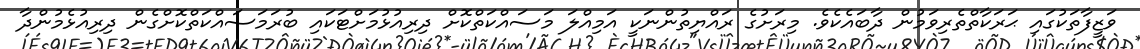
ވަޒީފާތަކުގައި ޙަރަކާތްތެރިވަމުން ދާބައެކެވެ. މިރަށުގެ ރައްޔިތުންނަކީ އަމިއްލަ މަސައްކަތްކޮށް ދިރިއުޅުމަށްޓަކައި ބުރަމަސައްކަތްކޮށްގެން ދިރިއުޅެމުންދާ